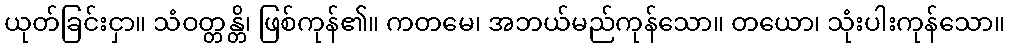
ယုတ်ခြင်းငှာ။ သံဝတ္တန္တိ၊ ဖြစ်ကုန်၏။ ကတမေ၊ အဘယ်မည်ကုန်သော။ တယော၊ သုံးပါးကုန်သော။